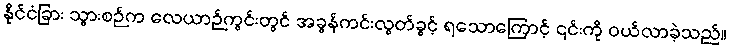
နိုင်ငံခြား သွားစဉ်က လေယာဉ်ကွင်းတွင် အခွန်ကင်းလွတ်ခွင့် ရသောကြောင့် ၎င်းကို ဝယ်လာခဲ့သည်။